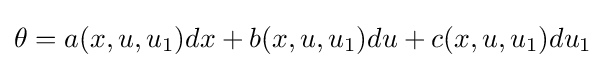
\theta =a(x,u,u_{1})dx+b(x,u,u_{1})du+c(x,u,u_{1})du_{1}